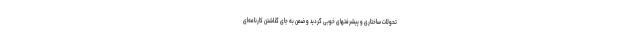
تحولات ساختاری و پیشرفتهای خوبی گردید و ضمن به جای گذاشتن کارنامه‌ای